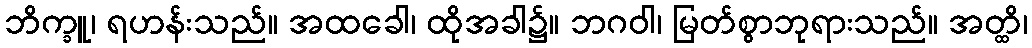
ဘိက္ခူ၊ ရဟန်းသည်။ အထခေါ၊ ထိုအခါ၌။ ဘဂဝါ၊ မြတ်စွာဘုရားသည်။ အတ္ထိ၊